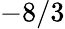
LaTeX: -8/3